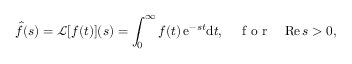
\hat { f } ( s ) = \mathcal { L } [ f ( t ) ] ( s ) = \int _ { 0 } ^ { \infty } f ( t ) \, \mathrm { e } ^ { - s t } \mathrm { d } t , \quad \mathrm { ~ f ~ o ~ r ~ } \quad \mathrm { R e } \, s > 0 ,